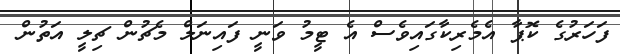
ފަހަރުގެ ކޮޕާ އެމެރިކާގައިވެސް އެ ޓީމު ވަނީ ފައިނަލް މެޗުން ޗިލީ އަތުން